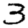
Digit: 3